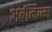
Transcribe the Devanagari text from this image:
अर्बनिज्म